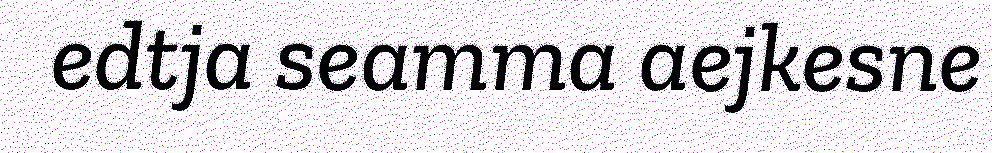
edtja seamma aejkesne